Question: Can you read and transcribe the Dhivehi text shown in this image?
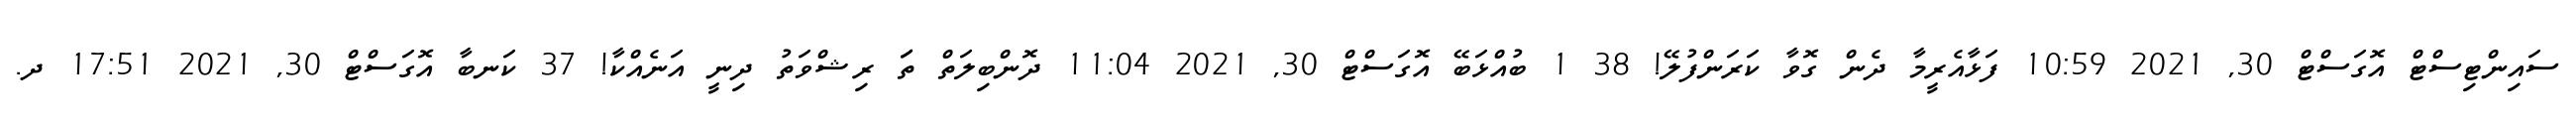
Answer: ސައިންޓިސްޓް އޮގަސްޓް 30, 2021 10:59 ފަޅާއެރީމާ ދެން ގޮވާ ކަރަންފުލޭ! 38 1 ބުއްޅަބޭ އޮގަސްޓް 30, 2021 11:04 ދޮންބިލަތް ތަަ ރިޝްވަތު ދިނީ އަނެއްކާ! 37 ކަނބާ އޮގަސްޓް 30, 2021 17:51 ދ.